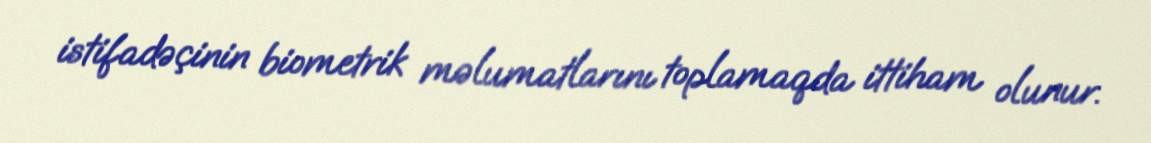
istifadəçinin biometrik məlumatlarını toplamaqda ittiham olunur.